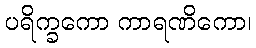
ပရိက္ခကော ကာရဏိကော၊